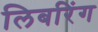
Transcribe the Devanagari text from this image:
लिबरिंग